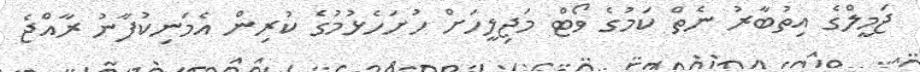
ޖަމީލްގެ އިތުބާރު ނެތް ކަމުގެ ވޯޓް މަޖިލީހަށް ހުށަހެޅުމުގެ ކުރިން އެމަނިކުފާނު ރާއްޖެ